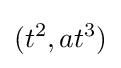
(t^{2},at^{3})